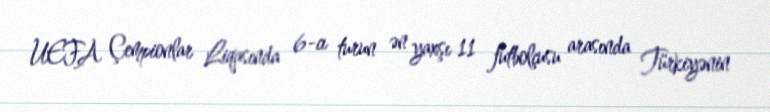
UEFA Çempionlar Liqasında 6-cı turun ən yaxşı 11 futbolçusu arasında Türkiyənin